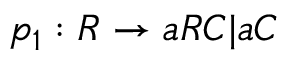
p _ { 1 } : R \rightarrow a R C | a C